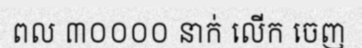
ពល ៣០០០០ នាក់ លើក ចេញ